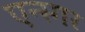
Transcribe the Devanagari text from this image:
एन्स्गर